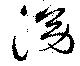
泑